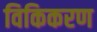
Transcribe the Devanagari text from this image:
विकिकरण